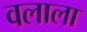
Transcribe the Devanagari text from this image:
वलाला